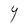
Character: Y